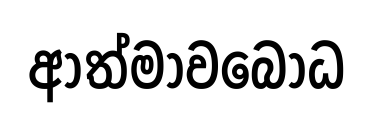
ආත්මාවබෝධ